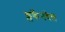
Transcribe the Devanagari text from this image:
क्लर्केनवेल